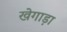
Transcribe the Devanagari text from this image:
खेगाड़ा